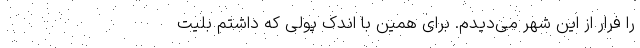
را فرار از این شهر می‌دیدم. برای همین با اندک پولی که داشتم بلیت